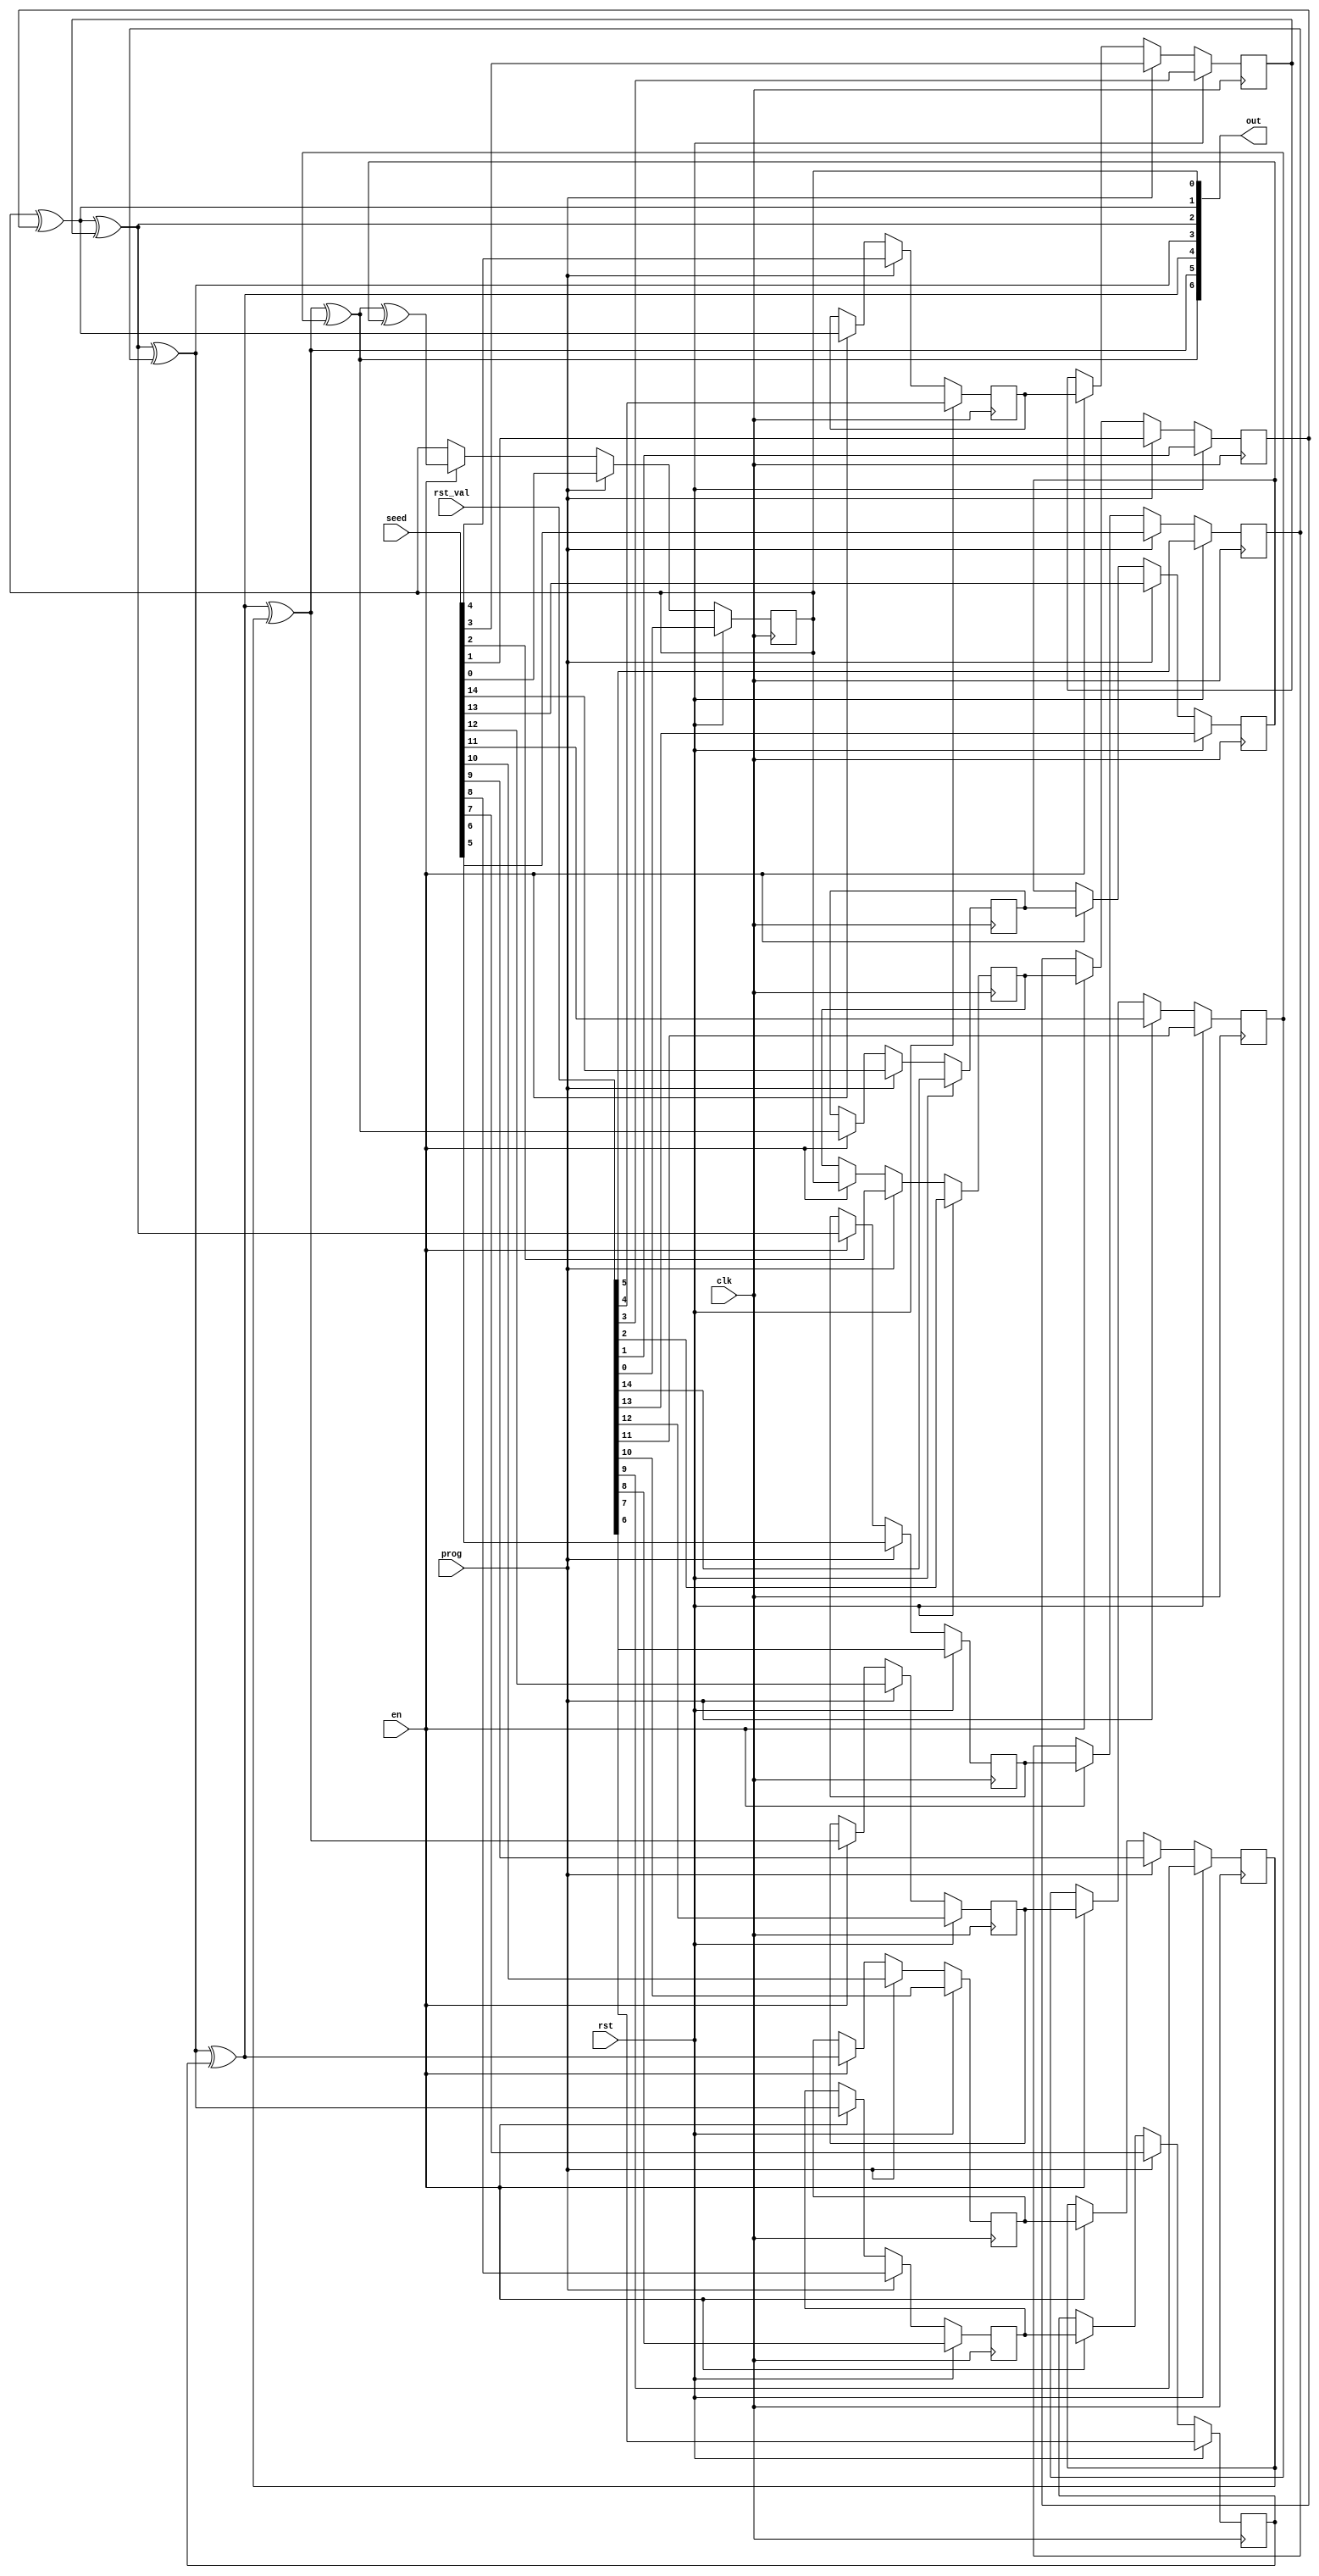
module lfsr_oneur_stochround (
	// Inputs
	input wire        clk,
	input wire        rst,
	input wire        en,
	input wire [14:0] rst_val,
	input wire [14:0] seed,
	input wire        prog,

	// Output
	output wire [6:0] out
);

	// Nodes definitions
	wire x0, x0a, x0b;
	wire x1, x1a, x1b;
	wire x2, x2a, x2b;
	wire x3, x3a, x3b;
	wire x4, x4a, x4b;
	wire x5, x5a, x5b;
	wire x6, x6a, x6b;
	wire y0;
	wire y1;
	wire y2;
	wire y3;
	wire y4;
	wire y5;
	wire y6;
	reg d0, d1, d2, d3, d4, d5, d6, d7, d8, d9, d10, d11, d12, d13, d14;

	// Combinational and sequential logic definitions
	assign x0 = x0a ^ x0b;
	assign x1 = x1a ^ x1b;
	assign x2 = x2a ^ x2b;
	assign x3 = x3a ^ x3b;
	assign x4 = x4a ^ x4b;
	assign x5 = x5a ^ x5b;
	assign x6 = x6a ^ x6b;
	assign y1 = x0;
	assign y2 = x1;
	assign y3 = x2;
	assign y4 = x3;
	assign y5 = x4;
	assign y6 = x5;
	always @(posedge clk)
		if (rst)
			d0 <= rst_val[0];
		else if (prog)
			d0 <= seed[0];
		else if (en)
			d0 <= x6;
	assign y0 = d0;
	assign x0a = y0;
	always @(posedge clk)
		if (rst)
			d1 <= rst_val[1];
		else if (prog)
			d1 <= seed[1];
		else if (en)
			d1 <= d2;
	assign x0b = d1;
	always @(posedge clk)
		if (rst)
			d2 <= rst_val[2];
		else if (prog)
			d2 <= seed[2];
		else if (en)
			d2 <= y0;
	assign x1a = y1;
	always @(posedge clk)
		if (rst)
			d3 <= rst_val[3];
		else if (prog)
			d3 <= seed[3];
		else if (en)
			d3 <= d4;
	assign x1b = d3;
	always @(posedge clk)
		if (rst)
			d4 <= rst_val[4];
		else if (prog)
			d4 <= seed[4];
		else if (en)
			d4 <= y1;
	assign x2a = y2;
	always @(posedge clk)
		if (rst)
			d5 <= rst_val[5];
		else if (prog)
			d5 <= seed[5];
		else if (en)
			d5 <= d6;
	assign x2b = d5;
	always @(posedge clk)
		if (rst)
			d6 <= rst_val[6];
		else if (prog)
			d6 <= seed[6];
		else if (en)
			d6 <= y2;
	assign x3a = y3;
	always @(posedge clk)
		if (rst)
			d7 <= rst_val[7];
		else if (prog)
			d7 <= seed[7];
		else if (en)
			d7 <= d8;
	assign x3b = d7;
	always @(posedge clk)
		if (rst)
			d8 <= rst_val[8];
		else if (prog)
			d8 <= seed[8];
		else if (en)
			d8 <= y3;
	assign x4a = y4;
	always @(posedge clk)
		if (rst)
			d9 <= rst_val[9];
		else if (prog)
			d9 <= seed[9];
		else if (en)
			d9 <= d10;
	assign x4b = d9;
	always @(posedge clk)
		if (rst)
			d10 <= rst_val[10];
		else if (prog)
			d10 <= seed[10];
		else if (en)
			d10 <= y4;
	assign x5a = y5;
	always @(posedge clk)
		if (rst)
			d11 <= rst_val[11];
		else if (prog)
			d11 <= seed[11];
		else if (en)
			d11 <= d12;
	assign x5b = d11;
	always @(posedge clk)
		if (rst)
			d12 <= rst_val[12];
		else if (prog)
			d12 <= seed[12];
		else if (en)
			d12 <= y5;
	assign x6a = y6;
	always @(posedge clk)
		if (rst)
			d13 <= rst_val[13];
		else if (prog)
			d13 <= seed[13];
		else if (en)
			d13 <= d14;
	assign x6b = d13;
	always @(posedge clk)
		if (rst)
			d14 <= rst_val[14];
		else if (prog)
			d14 <= seed[14];
		else if (en)
			d14 <= y6;

	// Output assignment
	assign out = {y6,y5,y4,y3,y2,y1,y0};

endmodule